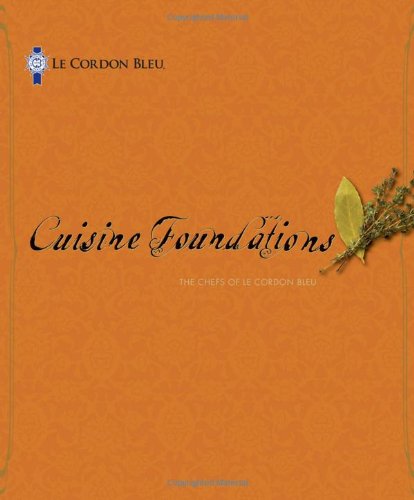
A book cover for Le Cordon Bleu Cuisine Foundations; The Chefs of Le Cordon Bleu; Business & Money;